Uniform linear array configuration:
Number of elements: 8
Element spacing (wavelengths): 0.5
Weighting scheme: cosine
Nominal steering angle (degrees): -45
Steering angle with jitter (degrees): -46.925
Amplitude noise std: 0.05
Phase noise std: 0.05

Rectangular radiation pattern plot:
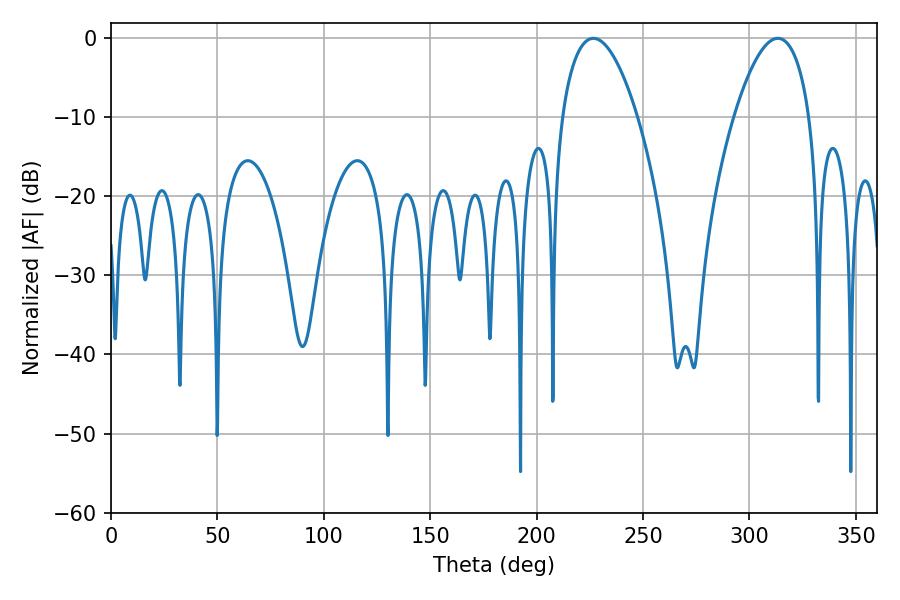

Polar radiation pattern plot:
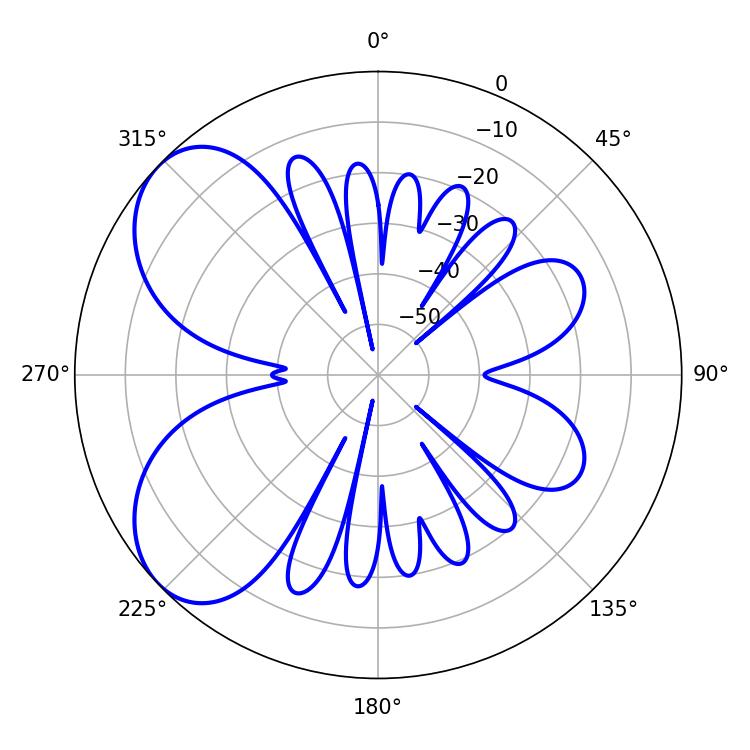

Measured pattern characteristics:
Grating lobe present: FALSE
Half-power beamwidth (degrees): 19.62
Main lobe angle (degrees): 226.62